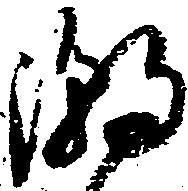
潮